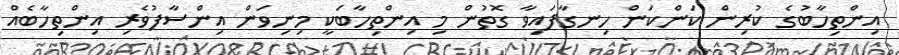
އިންތިހާބުގެ ކުރިން ކަންކަން ހިނގާފައިވާ ގޮތުން މި އިންތިހާބަކީ މިނިވަން އިންސާފުވެރި އިންތިހާބެއް